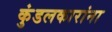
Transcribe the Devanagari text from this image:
कुंडलकारांना